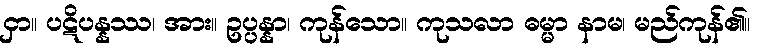
ငှာ။ ပဋိပန္နဿ၊ အား။ ဥပ္ပန္နာ၊ ကုန်သော။ ကုသလာ ဓမ္မာ နာမ၊ မည်ကုန်၏။